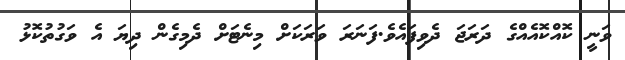
ވަނީ ކޮއްކޮއެއްގެ ދަރަޖަ ދެވިފައެވެ.ފަނަރަ ވަރަކަށް މިނެޓަށް ދެމިގެން ދިޔަ އެ ވަގުތުކޮޅު